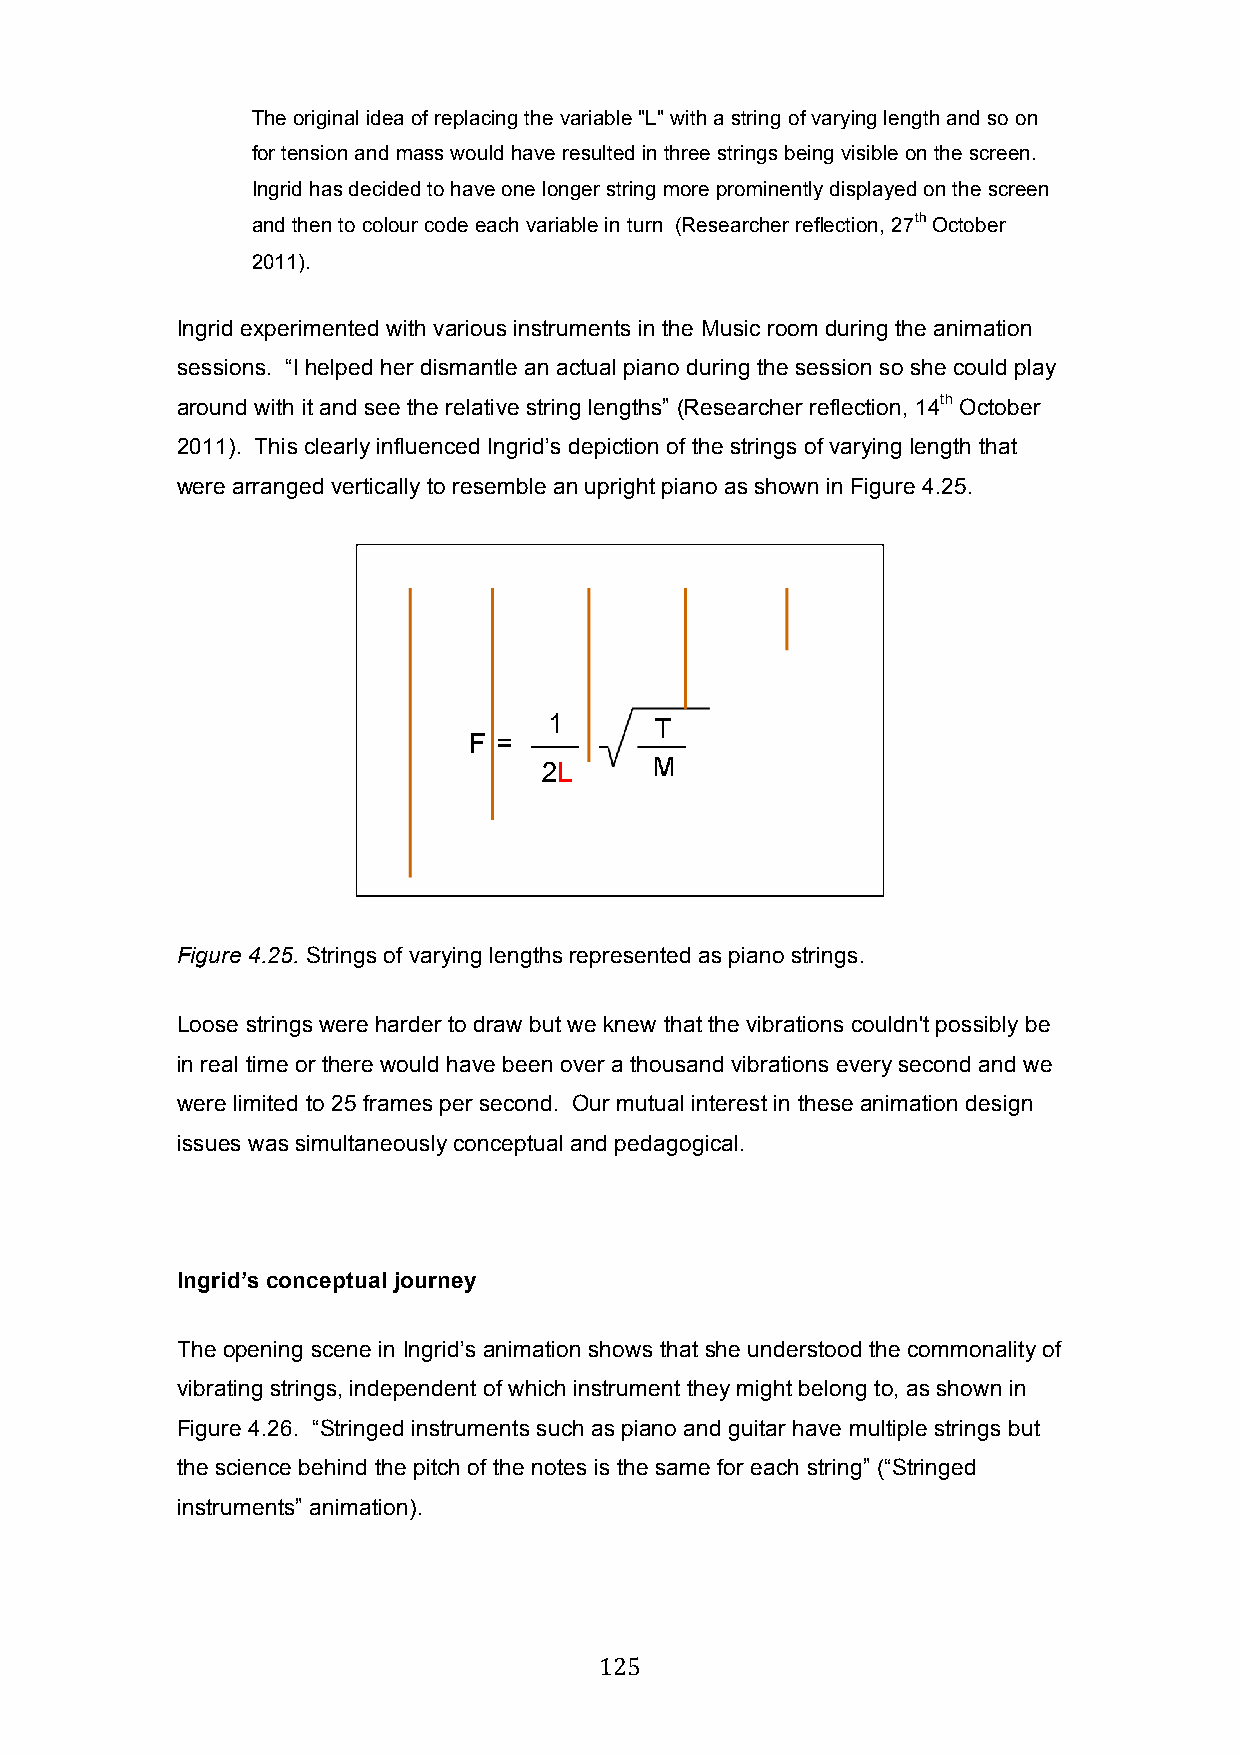
The original idea of replacing the variable "L" with a string of varying length and so on
 for tension and mass would have resulted in three strings being visible on the screen.
 Ingrid has decided to have one longer string more prominently displayed on the screen
 and then to colour code each variable in turn (Researcher reflection, 27th October
 2011).
 Ingrid experimented with various instruments in the Music room during the animation
 sessions. “I helped her dismantle an actual piano during the session so she could play
 around with it and see the relative string lengths” (Researcher reflection, 14th October
 2011). This clearly influenced Ingrid’s depiction of the strings of varying length that
 were arranged vertically to resemble an upright piano as shown in Figure 4.25.
 Figure 4.25. Strings of varying lengths represented as piano strings.
 Loose strings were harder to draw but we knew that the vibrations couldn't possibly be
 in real time or there would have been over a thousand vibrations every second and we
 were limited to 25 frames per second. Our mutual interest in these animation design
 issues was simultaneously conceptual and pedagogical.
 Ingrid’s conceptual journey
 The opening scene in Ingrid’s animation shows that she understood the commonality of
 vibrating strings, independent of which instrument they might belong to, as shown in
 Figure 4.26. “Stringed instruments such as piano and guitar have multiple strings but
 the science behind the pitch of the notes is the same for each string” (“Stringed
 instruments” animation).
 125